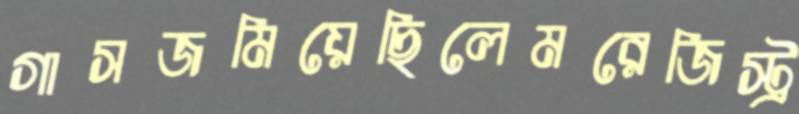
গাসজমিয়েছিলেমরেজিস্ট্র